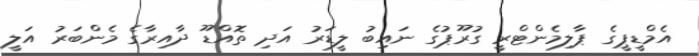
އެމްޑީޕީގެ ޕާލިމެންޓްރީ ގުރޫޕުގެ ނައިބު ލީޑަރު އަދި ތޮއްޑޫ ދާއިރާގެ މެންބަރު އަލީ